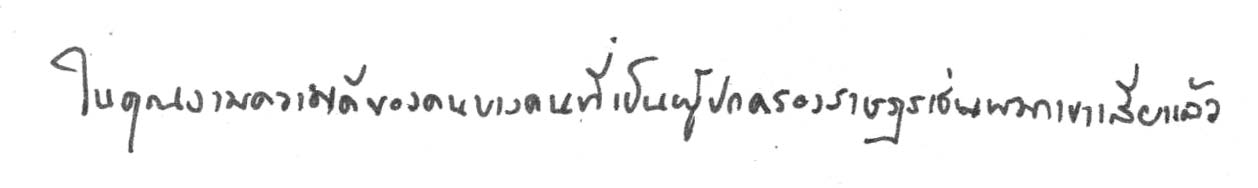
ในคุณงามความดีของคนบางคนที่เป็นผู้ปกครองราษฎรเช่นพวกเขาเสียแล้ว